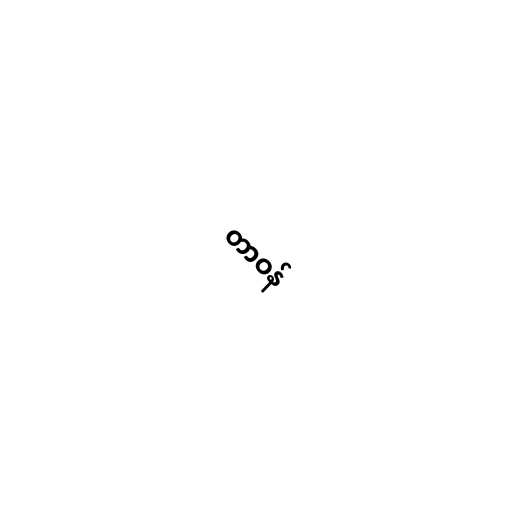
တာဝန်